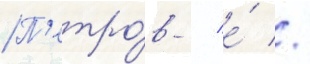
П'етро́в / е́ //